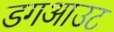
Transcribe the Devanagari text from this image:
डगआउट